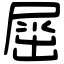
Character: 𡲬